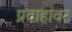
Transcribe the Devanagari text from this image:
प्रवाहांवर